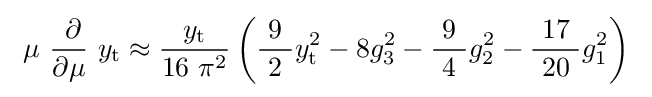
\ \mu \ {\frac {\ \partial }{\partial \mu }}\ y_{\mathrm {t} }\approx {\frac {\ y_{\text{t}}\ }{16\ \pi ^{2}}}\left({\frac {\ 9\ }{2}}y_{\mathrm {t} }^{2}-8g_{3}^{2}-{\frac {\ 9\ }{4}}g_{2}^{2}-{\frac {\ 17\ }{20}}g_{1}^{2}\right)\